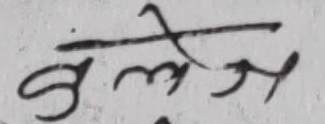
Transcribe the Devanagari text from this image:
बलेज